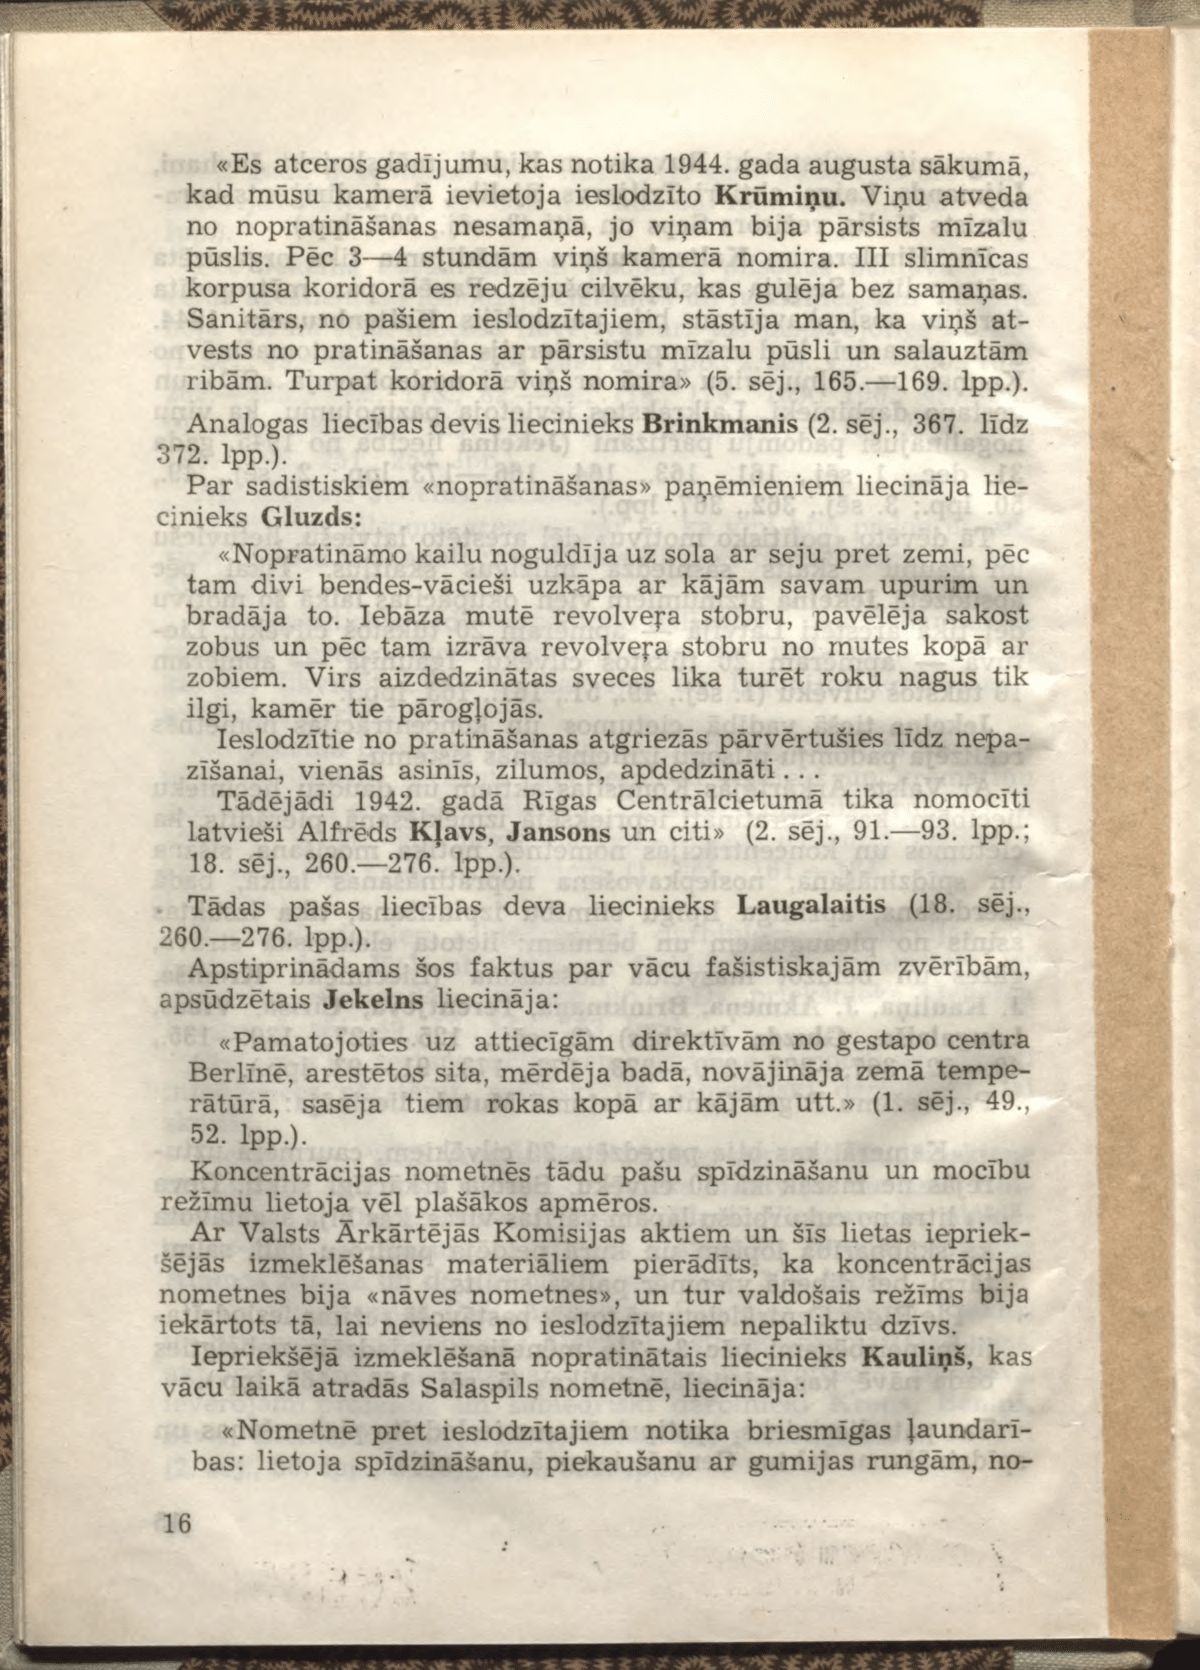
Language: lv